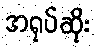
အရုပ်ဆိုး